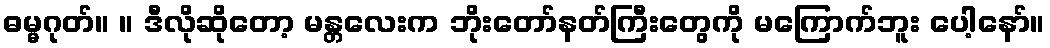
ဓမ္မဂုတ်။ ။ ဒီလိုဆိုတော့ မန္တလေးက ဘိုးတော်နတ်ကြီးတွေကို မကြောက်ဘူး ပေါ့နော်။